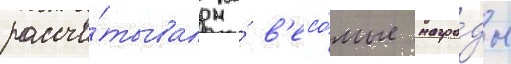
рассчи́тывал на́ в'есо́мые награ́ды